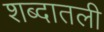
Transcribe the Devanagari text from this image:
शब्दातली